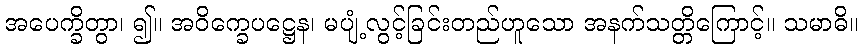
အပေက္ခိတွာ၊ ၍။ အဝိက္ခေပဋ္ဌေန၊ မပျံ့လွင့်ခြင်းတည်ဟူသော အနက်သတ္တိကြောင့်။ သမာဓိ။